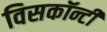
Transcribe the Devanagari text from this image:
विसकॉन्टी